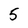
Character: 5